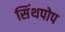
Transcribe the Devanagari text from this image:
सिंथपोप